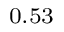
_ { 0 . 5 3 }